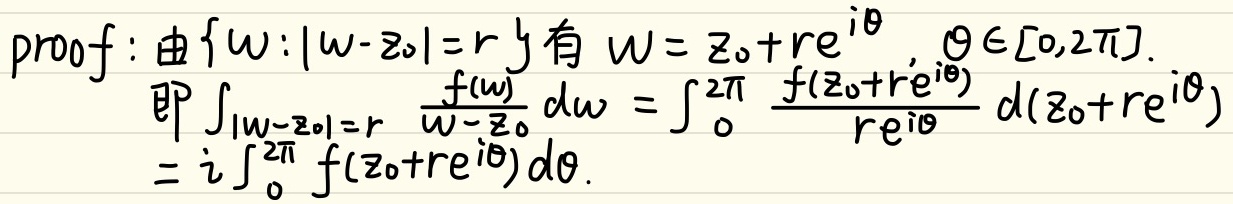
proof: 由$\{w:|w - z_0| = r\}$有$w = z_0 + re^{i\theta}$, $\theta \in [0,2\pi]$.
即$\int_{|w - z_0| = r} \frac{f(w)}{w - z_0} dw = \int_{0}^{2\pi} \frac{f(z_0 + re^{i\theta})}{re^{i\theta}} d(z_0 + re^{i\theta})$
$= i\int_{0}^{2\pi} f(z_0 + re^{i\theta}) d\theta$.